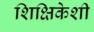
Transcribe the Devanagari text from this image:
शिक्षिकेशी